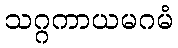
သဂ္ဂကာယမဂမံ